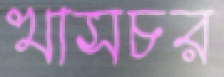
খাসচর